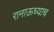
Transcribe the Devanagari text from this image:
रानाऊच्याच